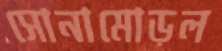
সোনামোড়ল